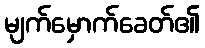
မျက်မှောက်ခေတ်၏